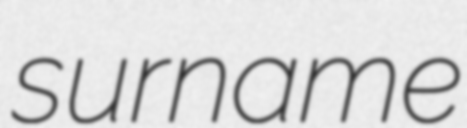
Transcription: surname